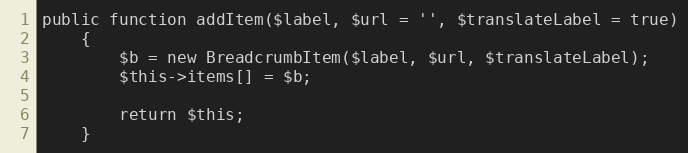
Language: PHP
public function addItem($label, $url = '', $translateLabel = true)
    {
        $b = new BreadcrumbItem($label, $url, $translateLabel);
        $this->items[] = $b;

        return $this;
    }